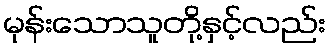
မုန်းသောသူတို့နှင့်လည်း